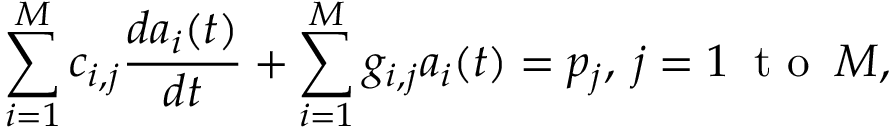
\sum _ { i = 1 } ^ { M } c _ { i , j } \frac { d a _ { i } ( t ) } { d t } + \sum _ { i = 1 } ^ { M } g _ { i , j } a _ { i } ( t ) = p _ { j } , \: j = 1 \: \textrm { t o } \: M ,